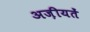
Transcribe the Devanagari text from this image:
अज़ीयतें